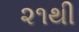
૨૧થી